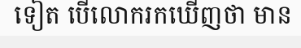
ទៀត បើលោករកឃើញថា មាន